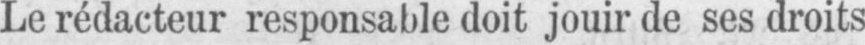
Le rédacteur responsable doit jouir de ses droits